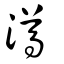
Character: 澊